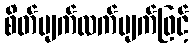
စိတ်ပျက်လက်ပျက်ဖြင့်